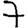
Digit: 7